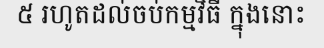
៥ រហូតដល់ចប់កម្មវិធី ក្នុងនោះ